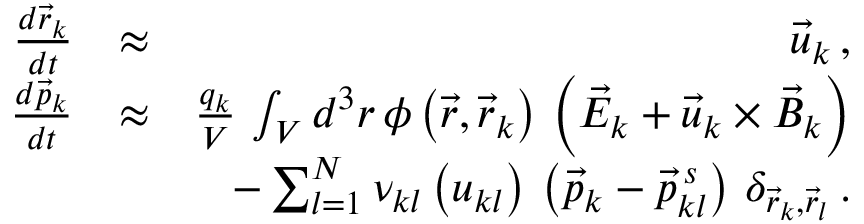
\begin{array} { r l r } { \frac { d \vec { r } _ { k } } { d t } } & { \approx } & { \vec { u } _ { k } \, , } \\ { \frac { d \vec { p } _ { k } } { d t } } & { \approx } & { \frac { q _ { k } } { V } \, \int _ { V } d ^ { 3 } r \, \phi \left( \vec { r } , \vec { r } _ { k } \right) \, \left( \vec { E } _ { k } + \vec { u } _ { k } \times \vec { B } _ { k } \right) } \\ & { } & { - \sum _ { l = 1 } ^ { N } \nu _ { k l } \left( u _ { k l } \right) \, \left( \vec { p } _ { k } - \vec { p } _ { k l } ^ { \, s } \right) \, \delta _ { \vec { r } _ { k } , \vec { r } _ { l } } \, . } \end{array}